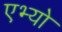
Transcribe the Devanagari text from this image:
एभ्यो